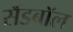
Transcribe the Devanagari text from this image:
सैंडबॉल